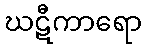
ဃဋီကာရော